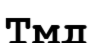
Тмд